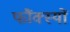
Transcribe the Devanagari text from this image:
फौंक्स्यों